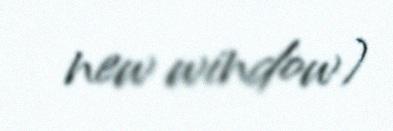
new window)